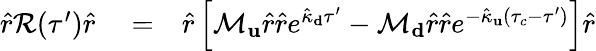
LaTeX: \begin{array}{rlr}{\hat{r}\mathcal{R}(\tau^{\prime})\hat{r}}&{{}=}&{\hat{r}\left[\mathcal{M}_{\mathbf u}\hat{r}\hat{r}e^{\hat{\kappa}_{\mathbf d}\tau^{\prime}}-\mathcal{M}_{\mathbf d}\hat{r}\hat{r}e^{-\hat{\kappa}_{\mathbf u}(\tau_{c}-\tau^{\prime})}\right]\hat{r}}\end{array}